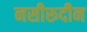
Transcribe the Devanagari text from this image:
नसीरूदीन